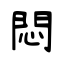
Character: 悶